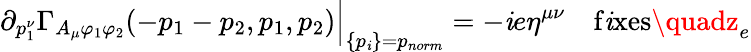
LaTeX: \partial_{p_{1}^{\nu}}\Gamma_{A_{\mu}\varphi_{1}\varphi_{2}}(-p_{1}-p_{2},p_{1},p_{2})\Big|_{\{ p_{\mathit{i}}\} =p_{norm}}=-\mathit{i}e\eta^{\mu\nu}\quad\mathrm{{f\mathit{i}xes}}\quadz_{e}